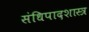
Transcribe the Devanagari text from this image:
संधिपादशास्त्र